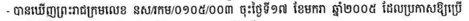
- បានឃើញព្រះរាជក្រមលេខ នស/រកម/០១០៥/០០៣ ចុះថ្ងៃទី១៧ ខែមករា ឆ្នាំ២០០៥ ដែលប្រកាសឱ្យប្រើ